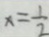
x = \frac { 1 } { 2 }